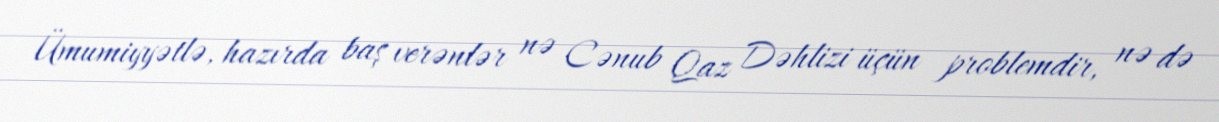
Ümumiyyətlə, hazırda baş verənlər nə Cənub Qaz Dəhlizi üçün problemdir, nə də